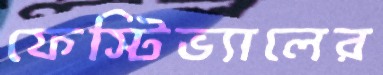
ফেস্টিভ্যালের